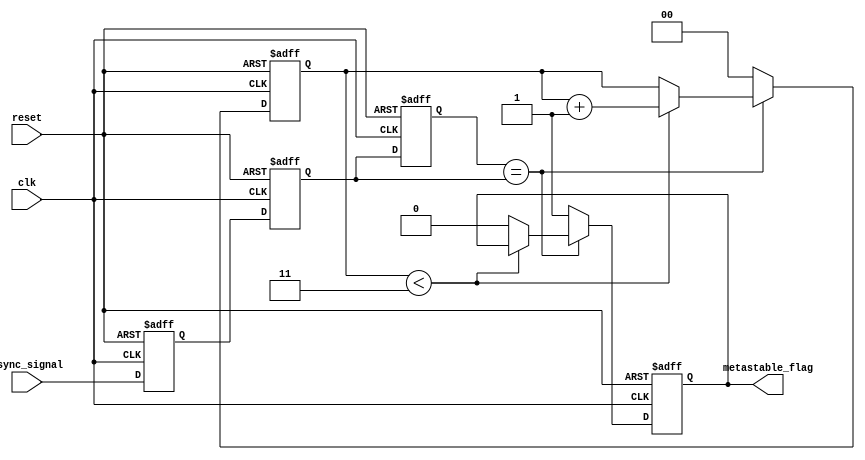
module metastability_detector (
    input wire clk,            // Clock signal
    input wire async_signal,   // Asynchronous input signal
    input wire reset,          // Reset signal
    output reg metastable_flag // Output signal indicating metastability
);

// Internal signals
reg latch1_out;
reg latch2_out;
reg memory_block;
reg [1:0] stable_counter; // Counter to check stability

// Parameters
parameter STABLE_THRESHOLD = 3; // Number of cycles to consider stable

// Latch 1: Capture the asynchronous signal
always @(posedge clk or posedge reset) begin
    if (reset) begin
        latch1_out <= 1'b0; // Reset latch output
    end else begin
        latch1_out <= async_signal; // Sample the asynchronous signal
    end
end

// Latch 2: Sample the output of latch 1
always @(posedge clk or posedge reset) begin
    if (reset) begin
        latch2_out <= 1'b0; // Reset latch output
    end else begin
        latch2_out <= latch1_out; // Sample the first latch output
    end
end

// Memory Block: Store the output of latch 2
always @(posedge clk or posedge reset) begin
    if (reset) begin
        memory_block <= 1'b0; // Reset memory block
    end else begin
        memory_block <= latch2_out; // Store latch 2 output
    end
end

// Metastability Detection Logic
always @(posedge clk or posedge reset) begin
    if (reset) begin
        metastable_flag <= 1'b0; // Reset metastable flag
        stable_counter <= 2'b00; // Reset stable counter
    end else begin
        // Check for stability
        if (memory_block == latch2_out) begin
            if (stable_counter < STABLE_THRESHOLD) begin
                stable_counter <= stable_counter + 1; // Increment stable counter
            end else begin
                metastable_flag <= 1'b0; // Clear metastable flag if stable
            end
        end else begin
            metastable_flag <= 1'b1; // Set metastable flag if a transition is detected
            stable_counter <= 2'b00; // Reset stable counter
        end
    end
end

endmodule